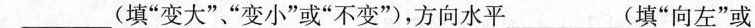
___(填”变大””变小”或”不变”)，方向水平___(填”向左”或